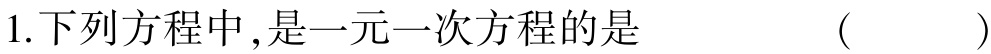
1.下列方程中,是一元一次方程的是  (   )